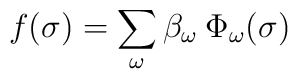
f(\sigma) = \sum_{\omega}\beta_\omega\:\Phi_\omega(\sigma)